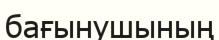
бағынушының